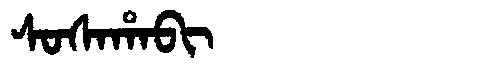
Manchu: ᠰᠣᠰᠠᡥᠠᠪᡳ
Romanization: SOSAHABI